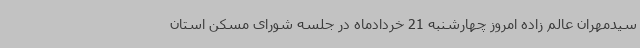
سیدمهران عالم زاده امروز چهارشنبه 21 خردادماه در جلسه شورای مسکن استان